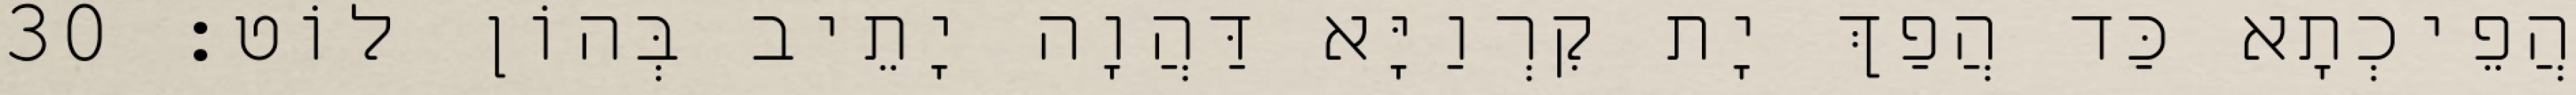
הֲפֵיכְתָא כַּד הֲפַךְ יָת קִרְוַיָּא דַּהֲוָה יָתֵיב בְּהוֹן לוֹט׃ 30